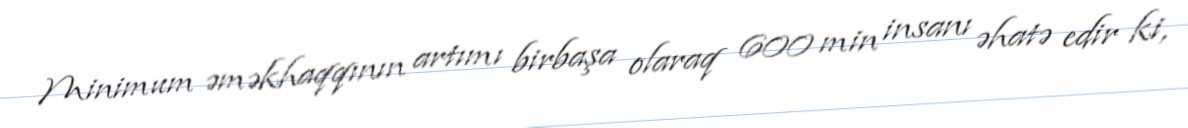
Minimum əməkhaqqının artımı birbaşa olaraq 600 min insanı əhatə edir ki,